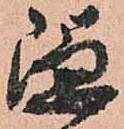
隠